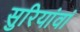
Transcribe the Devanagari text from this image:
सुरियांवां